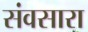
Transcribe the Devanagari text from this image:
संवसारा